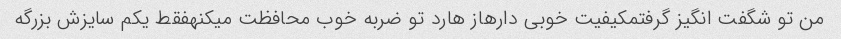
من تو شگفت انگیز گرفتمکیفیت خوبی دارهاز هارد تو ضربه خوب محافظت میکنهفقط یکم سایزش بزرگه